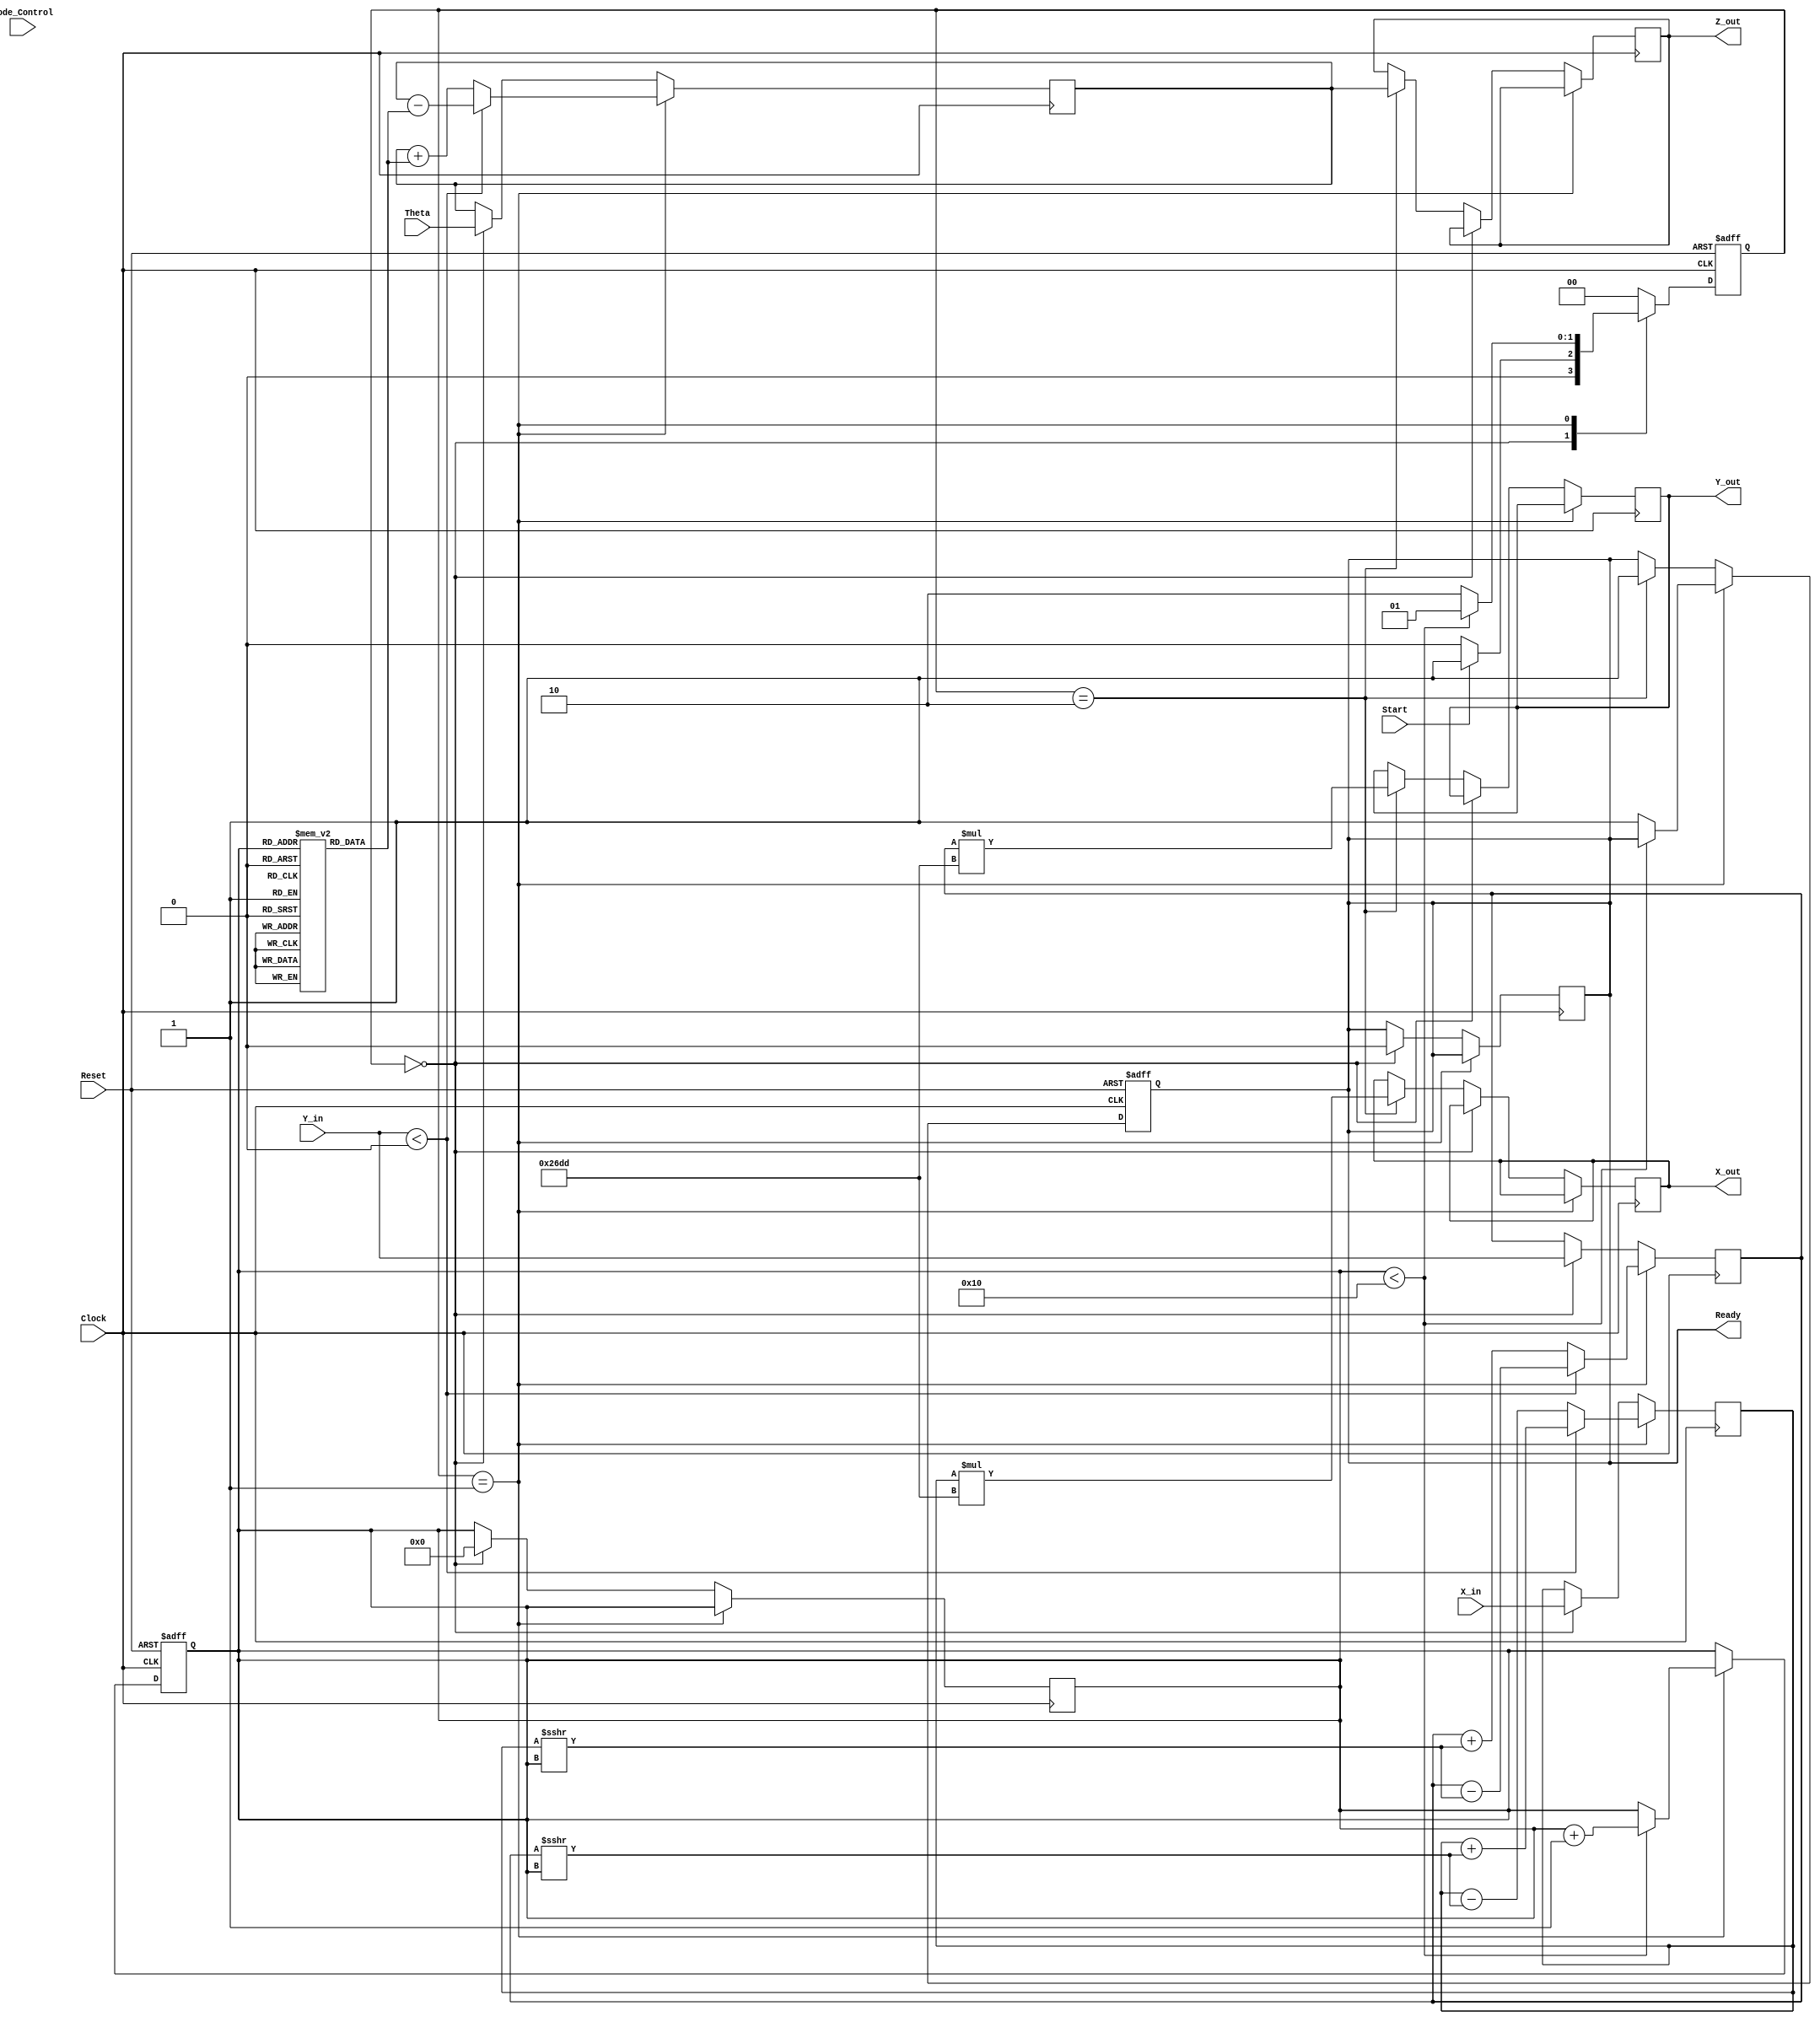
module cordic_2d (
    input wire signed [15:0] X_in,      // Input X coordinate
    input wire signed [15:0] Y_in,      // Input Y coordinate
    input wire signed [15:0] Theta,      // Angle input in fixed-point format
    input wire Mode_Control,             // Mode control (0: rotation, 1: vectoring)
    input wire Start,                    // Start signal
    input wire Clock,                    // Clock signal
    input wire Reset,                    // Asynchronous reset
    output reg signed [15:0] X_out,     // Output X coordinate
    output reg signed [15:0] Y_out,     // Output Y coordinate
    output reg signed [15:0] Z_out,      // Output angle or result
    output reg Ready                     // Ready signal
);

    // Parameters
    parameter NUM_ITERATIONS = 16;      // Number of iterations for CORDIC
    parameter K = 16'h26DD;              // Scaling factor (K = 1/sqrt(1 + 2^(-2n)))

    // Internal signals
    reg signed [15:0] x_reg, y_reg;     // Registers for X and Y
    reg signed [15:0] z_reg;             // Register for Z
    reg [3:0] iteration_counter;         // Iteration counter
    reg [1:0] state;                     // FSM state
    reg [1:0] next_state;                // Next state for FSM

    // Look-Up Table for arctangent values
    reg signed [15:0] atan_lut [0:NUM_ITERATIONS-1];
    initial begin
        // Initialize the LUT with precomputed arctangent values
        atan_lut[0] = 16'h2000; // atan(2^0)
        atan_lut[1] = 16'h1666; // atan(2^-1)
        atan_lut[2] = 16'h0D89; // atan(2^-2)
        atan_lut[3] = 16'h0A3D; // atan(2^-3)
        atan_lut[4] = 16'h0523; // atan(2^-4)
        atan_lut[5] = 16'h028F; // atan(2^-5)
        atan_lut[6] = 16'h0145; // atan(2^-6)
        atan_lut[7] = 16'h00A2; // atan(2^-7)
        atan_lut[8] = 16'h0051; // atan(2^-8)
        atan_lut[9] = 16'h0028; // atan(2^-9)
        atan_lut[10] = 16'h0014; // atan(2^-10)
        atan_lut[11] = 16'h000A; // atan(2^-11)
        atan_lut[12] = 16'h0005; // atan(2^-12)
        atan_lut[13] = 16'h0002; // atan(2^-13)
        atan_lut[14] = 16'h0001; // atan(2^-14)
        atan_lut[15] = 16'h0000; // atan(2^-15)
    end

    // FSM states
    localparam IDLE = 2'b00;
    localparam COMPUTE = 2'b01;
    localparam DONE = 2'b10;

    // State transition logic
    always @(posedge Clock or posedge Reset) begin
        if (Reset) begin
            state <= IDLE;
            iteration_counter <= 0;
            Ready <= 0;
        end else begin
            state <= next_state;
            if (state == COMPUTE) begin
                if (iteration_counter < NUM_ITERATIONS) begin
                    iteration_counter <= iteration_counter + 1;
                end else begin
                    Ready <= 1;
                end
            end else if (state == DONE) begin
                Ready <= 1;
            end
        end
    end

    // Next state logic
    always @(*) begin
        case (state)
            IDLE: begin
                if (Start) begin
                    next_state = COMPUTE;
                end else begin
                    next_state = IDLE;
                end
            end
            COMPUTE: begin
                if (iteration_counter < NUM_ITERATIONS) begin
                    next_state = COMPUTE;
                end else begin
                    next_state = DONE;
                end
            end
            DONE: begin
                next_state = IDLE;
            end
            default: next_state = IDLE;
        endcase
    end

    // CORDIC computation logic
    always @(posedge Clock) begin
        if (state == COMPUTE) begin
            // Perform CORDIC rotation
            if (Y_in < 0) begin
                x_reg <= x_reg + (y_reg >>> iteration_counter);
                y_reg <= y_reg - (x_reg >>> iteration_counter);
                z_reg <= z_reg - atan_lut[iteration_counter];
            end else begin
                x_reg <= x_reg - (y_reg >>> iteration_counter);
                y_reg <= y_reg + (x_reg >>> iteration_counter);
                z_reg <= z_reg + atan_lut[iteration_counter];
            end
        end else if (state == IDLE) begin
            // Initialize registers
            x_reg <= X_in;
            y_reg <= Y_in;
            z_reg <= Theta;
            iteration_counter <= 0;
            Ready <= 0;
        end else if (state == DONE) begin
            // Output results
            X_out <= x_reg * K; // Apply scaling factor
            Y_out <= y_reg * K; // Apply scaling factor
            Z_out <= z_reg;      // Output angle
        end
    end

endmodule